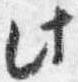
此